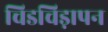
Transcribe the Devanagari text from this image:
चिडचिड़ापन